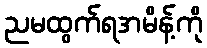
ညမထွက်ရအမိန့်ကို